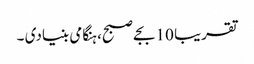
تقریبا 10 بجے صبح، ہنگامی بنیادی ۔